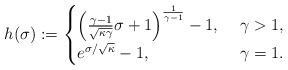
LaTeX: \begin{align*}h(\sigma) :=\begin{cases} \left(\frac{\gamma-1}{\sqrt{\kappa\gamma}}\sigma+1\right)^{\frac{1}{\gamma-1}}-1,\ &\gamma>1,\\ e^{\sigma/\sqrt{\kappa}}-1,\ &\gamma=1.\end{cases}\end{align*}